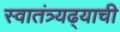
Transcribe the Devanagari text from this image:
स्वातंत्र्यढ्याची